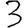
Digit: 3